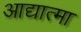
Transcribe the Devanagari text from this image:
आद्यात्मा